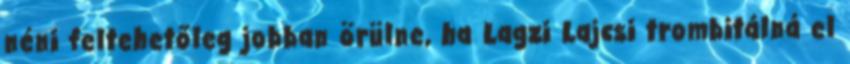
néni feltehetőleg jobban örülne, ha Lagzi Lajcsi trombitálná el